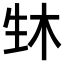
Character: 𬎳